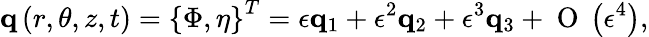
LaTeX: \mathbf{q}\left(r,\theta,z,t\right)=\left\{ \Phi,\eta\right\} ^{T}=\epsilon\mathbf{q}_{1}+\epsilon^{2}\mathbf{q}_{2}+\epsilon^{3}\mathbf{q}_{3}+\mathrm{~O~}\left(\epsilon^{4}\right),